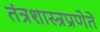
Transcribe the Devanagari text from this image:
तंत्रशास्त्रप्रणेते